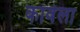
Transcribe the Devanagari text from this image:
कावेला